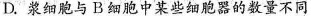
D.浆细胞与B细胞中某些细胞器的数量不同